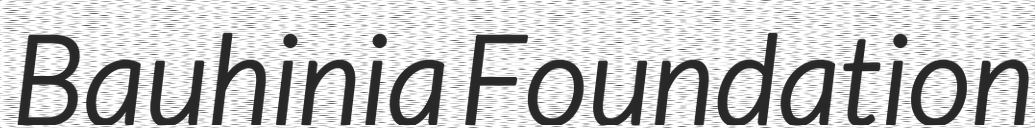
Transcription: Bauhinia Foundation